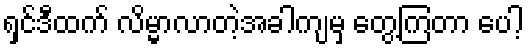
ရှင်ဒီထက် လိမ္မာလာတဲ့အခါကျမှ တွေ့ကြတာ ပေါ့